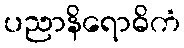
ပညာနိရောဓိကံ